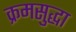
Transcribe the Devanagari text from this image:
क्रमसुद्धा